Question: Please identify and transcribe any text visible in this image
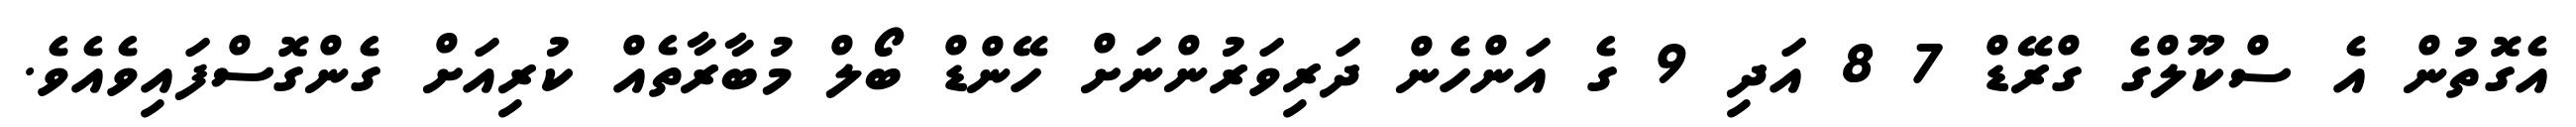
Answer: އެގޮތުން އެ ސްކޫލްގެ ގްރޭޑް 7 8 އަދި 9 ގެ އަންހެން ދަރިވަރުންނަށް ހޭންޑް ބޯލް މުބާރާތެއް ކުރިއަށް ގެންގޮސްފައިވެއެވެ.